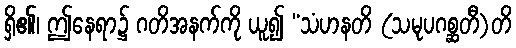
ရှိ၏၊ ဤနေရာ၌ ဂတိအနက်ကို ယူ၍ “သံဟနတိ (သမုပဂစ္ဆတီ)တိ